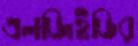
এলজিইডির